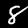
Label: 8